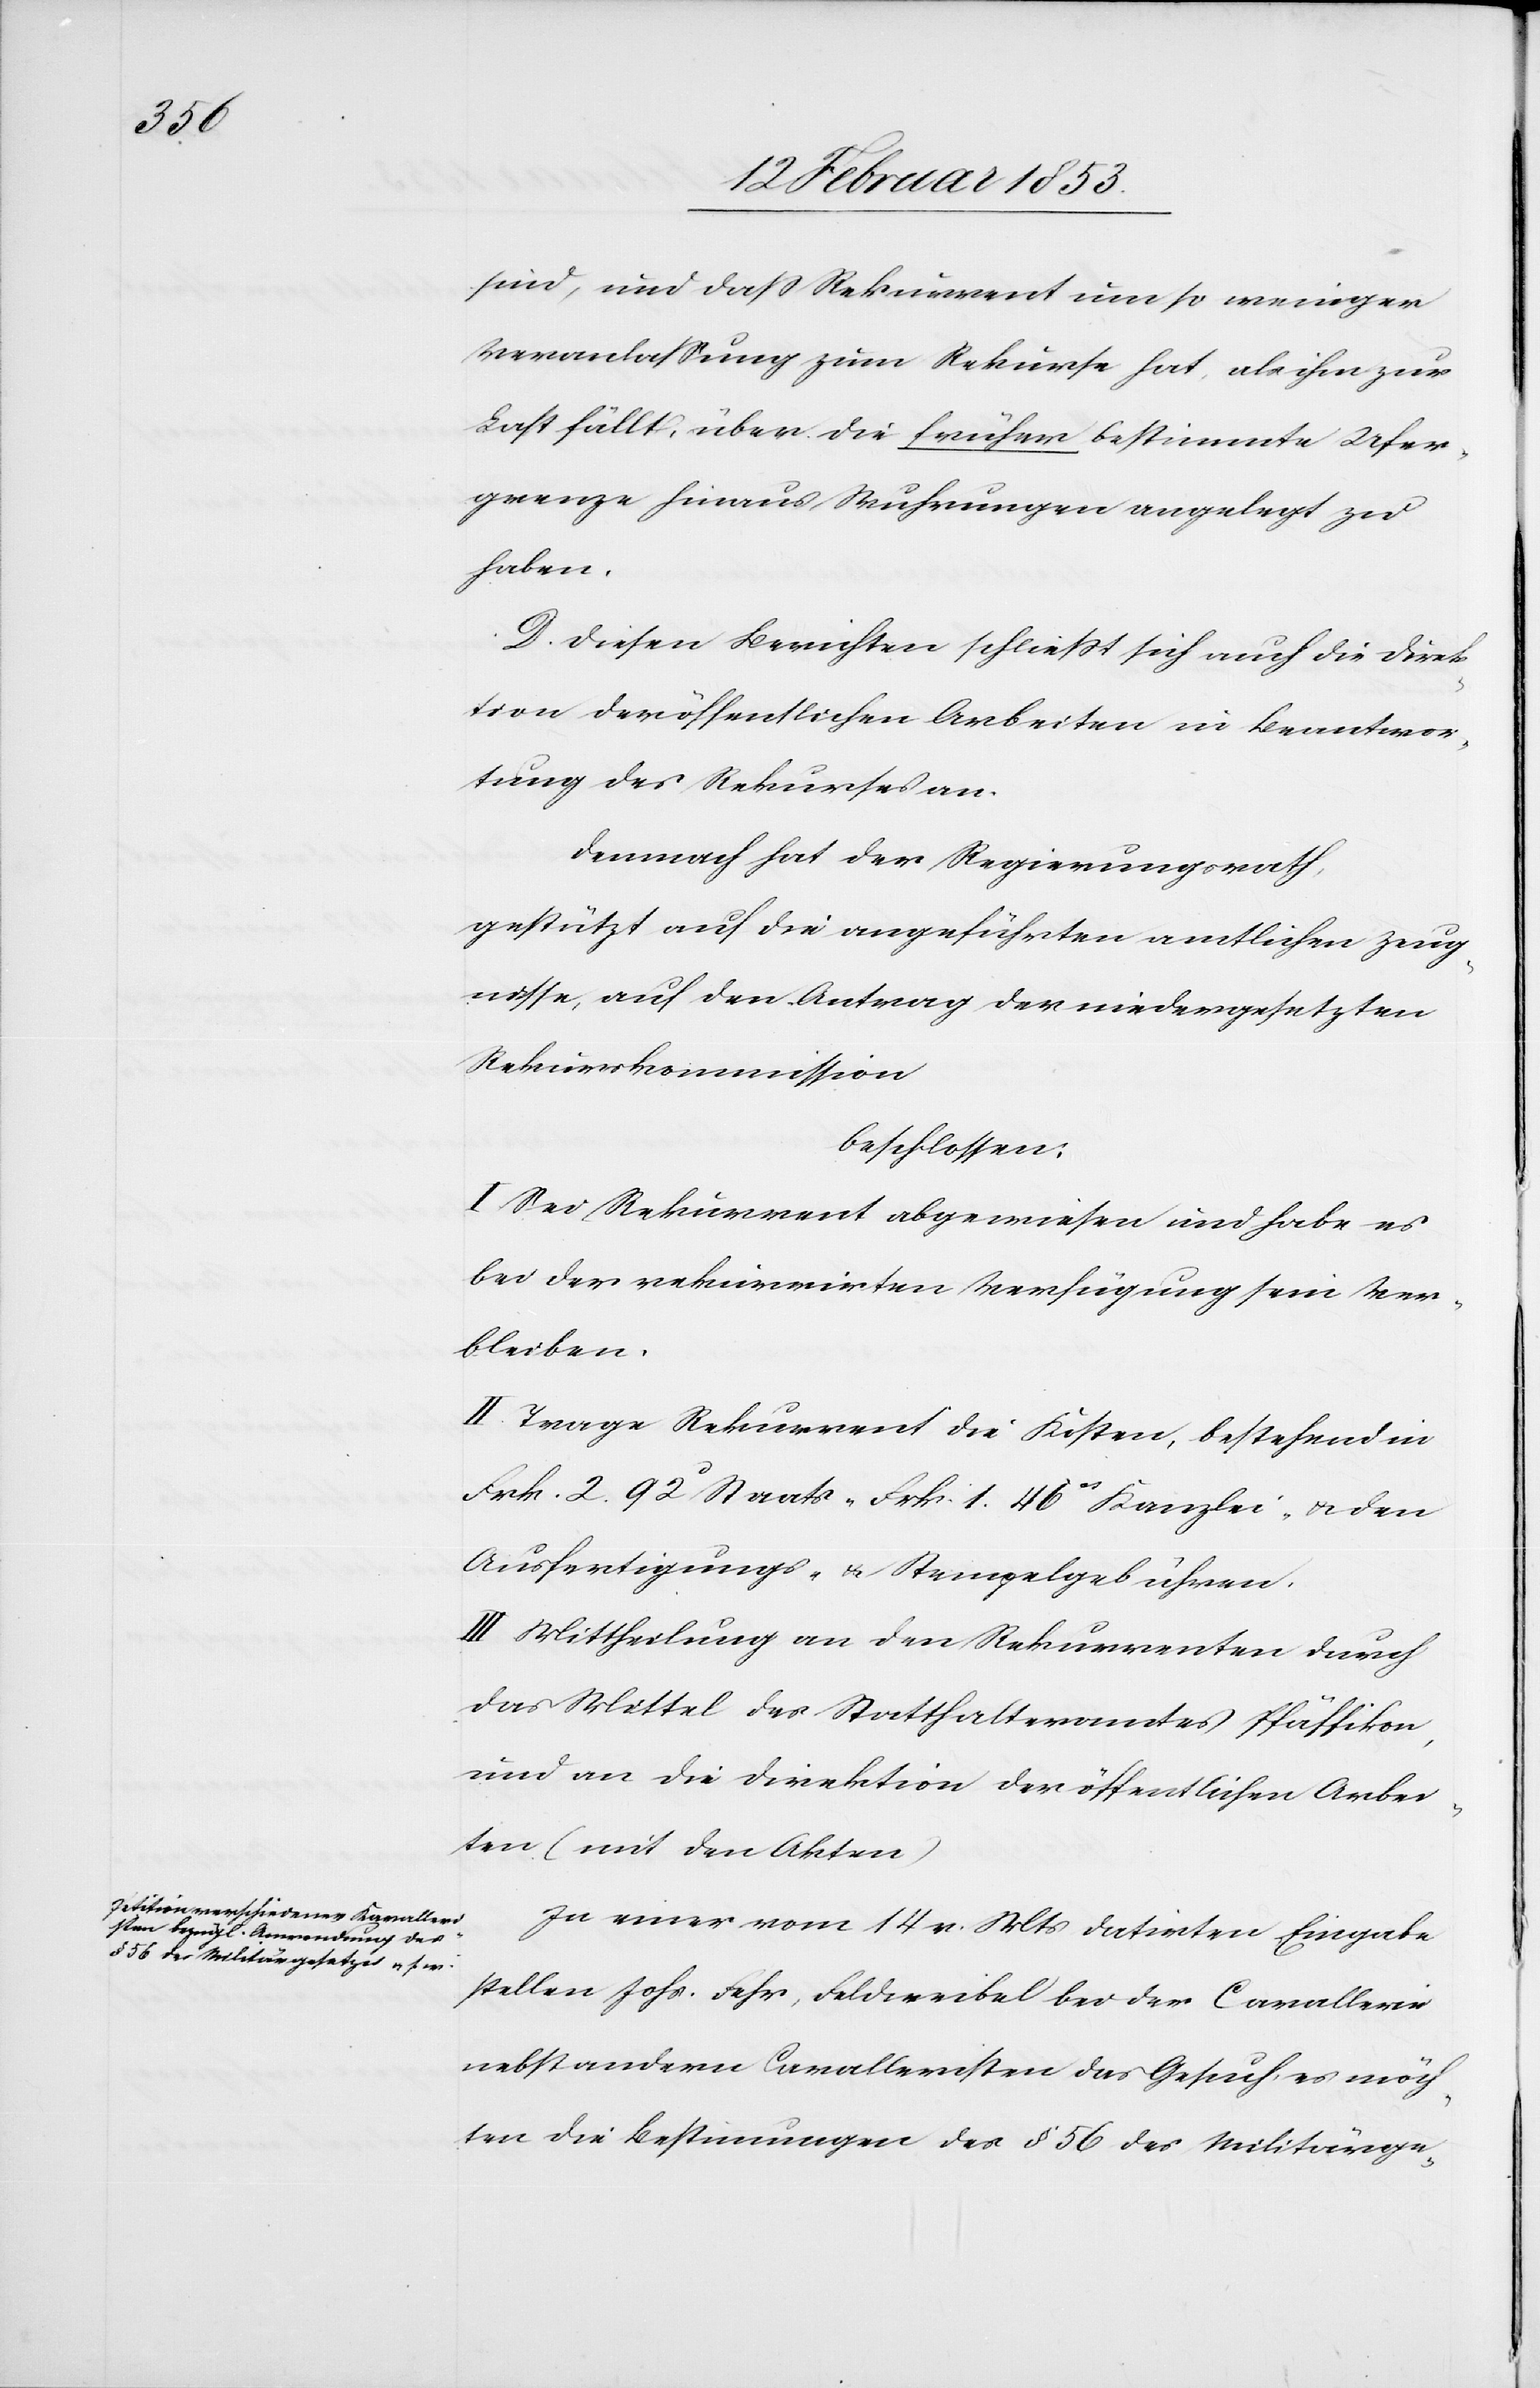
sind, und daß Rekurrent um so weniger
Veranlaßung zum Rekurse hat, als ihm zur
Last fällt, über die früher bestimmte Ufer¬
grenze hinaus Wuhrungen angelegt zu
haben.
D. Diesen Berichten schließt sich auch die Direk¬
tion der öffentlichen Arbeiten in Beantwor¬
tung des Rekurses an.
Demnach hat der Regierungsrath,
gestützt auf die angeführten amtlichen Zeug¬
nisse, auf den Antrag, der niedergesetzten
Rekurskommission
beschlossen:
I. Sei Rekurrent abgewiesen und habe es
bei der rekurrirten Verfügung sein Ver¬
bleiben.
II. Trage Rekurrent die Kosten, bestehend in
Frk. 2. 92 c Staats- Frk. 1. 46 cs Kanzlei- u. den
Ausfertigungs- u. Stempelgebühren.
III. Mittheilung an den Rekurrenten durch
das Mittel des Statthalteramtes Pfäffikon,
und an die Direktion der öffentlichen Arbei¬
ter (mit den Akten)
In einer vom 14 v. Mts. datirten Eingabe
stellen Johs. Fehr, Feldweibel bei der Cavallerie
nebst andern Cavalleristen das Gesuch, es möch¬
ten die Bestimmungen des § 56 des Militärge-